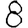
Digit: 8